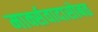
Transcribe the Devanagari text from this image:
मार्क्सवादासोबत